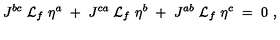
J ^ { b c } \ { \cal L } _ { f } \ \eta ^ { a } \ + \ J ^ { c a } \ { \cal L } _ { f } \ \eta ^ { b } \ + \ J ^ { a b } \ { \cal L } _ { f } \ \eta ^ { c } \ = \ 0 \ ,